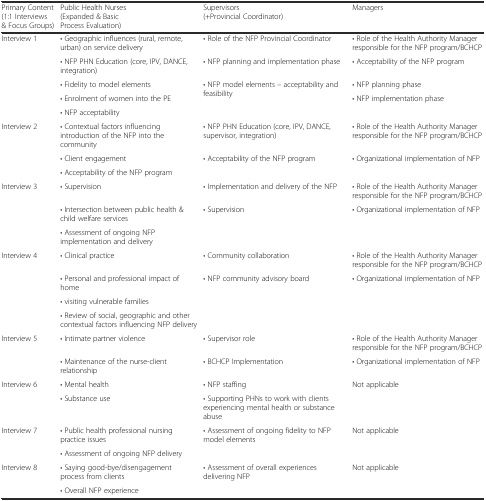
<table><thead><tr><td><b>Primary Content (1:1 Interviews &amp; Focus Groups)</b></td><td><b>Public Health Nurses (Expanded &amp; Basic Process Evaluation)</b></td><td><b>Supervisors (+Provincial Coordinator)</b></td><td><b>Managers</b></td></tr></thead><tbody><tr><td rowspan="5">Interview 1</td><td>• Geographic influences (rural, remote, urban) on service delivery</td><td>• Role of the NFP Provincial Coordinator</td><td>• Role of the Health Authority Manager responsible for the NFP program/BCHCP</td></tr><tr><td>• NFP PHN Education (core, IPV, DANCE, integration)</td><td>• NFP planning and implementation phase</td><td>• Acceptability of the NFP program</td></tr><tr><td>• Fidelity to model elements</td><td rowspan="3">• NFP model elements – acceptability and feasibility</td><td>• NFP planning phase</td></tr><tr><td>• Enrolment of women into the PE</td><td rowspan="2">• NFP implementation phase</td></tr><tr><td>• NFP acceptability</td></tr><tr><td rowspan="3">Interview 2</td><td>• Contextual factors influencing introduction of the NFP into the community</td><td>• NFP PHN Education (core, IPV, DANCE, supervisor, integration)</td><td>• Role of the Health Authority Manager responsible for the NFP program/BCHCP</td></tr><tr><td>• Client engagement</td><td rowspan="2">• Acceptability of the NFP program</td><td rowspan="2">• Organizational implementation of NFP</td></tr><tr><td>• Acceptability of the NFP program</td></tr><tr><td rowspan="3">Interview 3</td><td>• Supervision</td><td>• Implementation and delivery of the NFP</td><td>• Role of the Health Authority Manager responsible for the NFP program/BCHCP</td></tr><tr><td>• Intersection between public health &amp; child welfare services</td><td rowspan="2">• Supervision</td><td rowspan="2">• Organizational implementation of NFP</td></tr><tr><td>• Assessment of ongoing NFP implementation and delivery</td></tr><tr><td rowspan="4">Interview 4</td><td>• Clinical practice</td><td>• Community collaboration</td><td>• Role of the Health Authority Manager responsible for the NFP program/BCHCP</td></tr><tr><td>• Personal and professional impact of home</td><td rowspan="3">• NFP community advisory board</td><td rowspan="3">• Organizational implementation of NFP</td></tr><tr><td>• visiting vulnerable families</td></tr><tr><td>• Review of social, geographic and other contextual factors influencing NFP delivery</td></tr><tr><td rowspan="2">Interview 5</td><td>• Intimate partner violence</td><td>• Supervisor role</td><td>• Role of the Health Authority Manager responsible for the NFP program/BCHCP</td></tr><tr><td>• Maintenance of the nurse-client relationship</td><td>• BCHCP Implementation</td><td>• Organizational implementation of NFP</td></tr><tr><td>Interview 6</td><td>• Mental health</td><td>• NFP staffing</td><td rowspan="2">Not applicable</td></tr><tr><td></td><td>• Substance use</td><td>• Supporting PHNs to work with clients experiencing mental health or substance abuse</td></tr><tr><td rowspan="2">Interview 7</td><td>• Public health professional nursing practice issues</td><td rowspan="2">• Assessment of ongoing fidelity to NFP model elements</td><td rowspan="2">Not applicable</td></tr><tr><td>• Assessment of ongoing NFP delivery</td></tr><tr><td rowspan="2">Interview 8</td><td>• Saying good-bye/disengagement process from clients</td><td rowspan="2">• Assessment of overall experiences delivering NFP</td><td rowspan="2">Not applicable</td></tr><tr><td>• Overall NFP experience</td></tr></tbody></table>